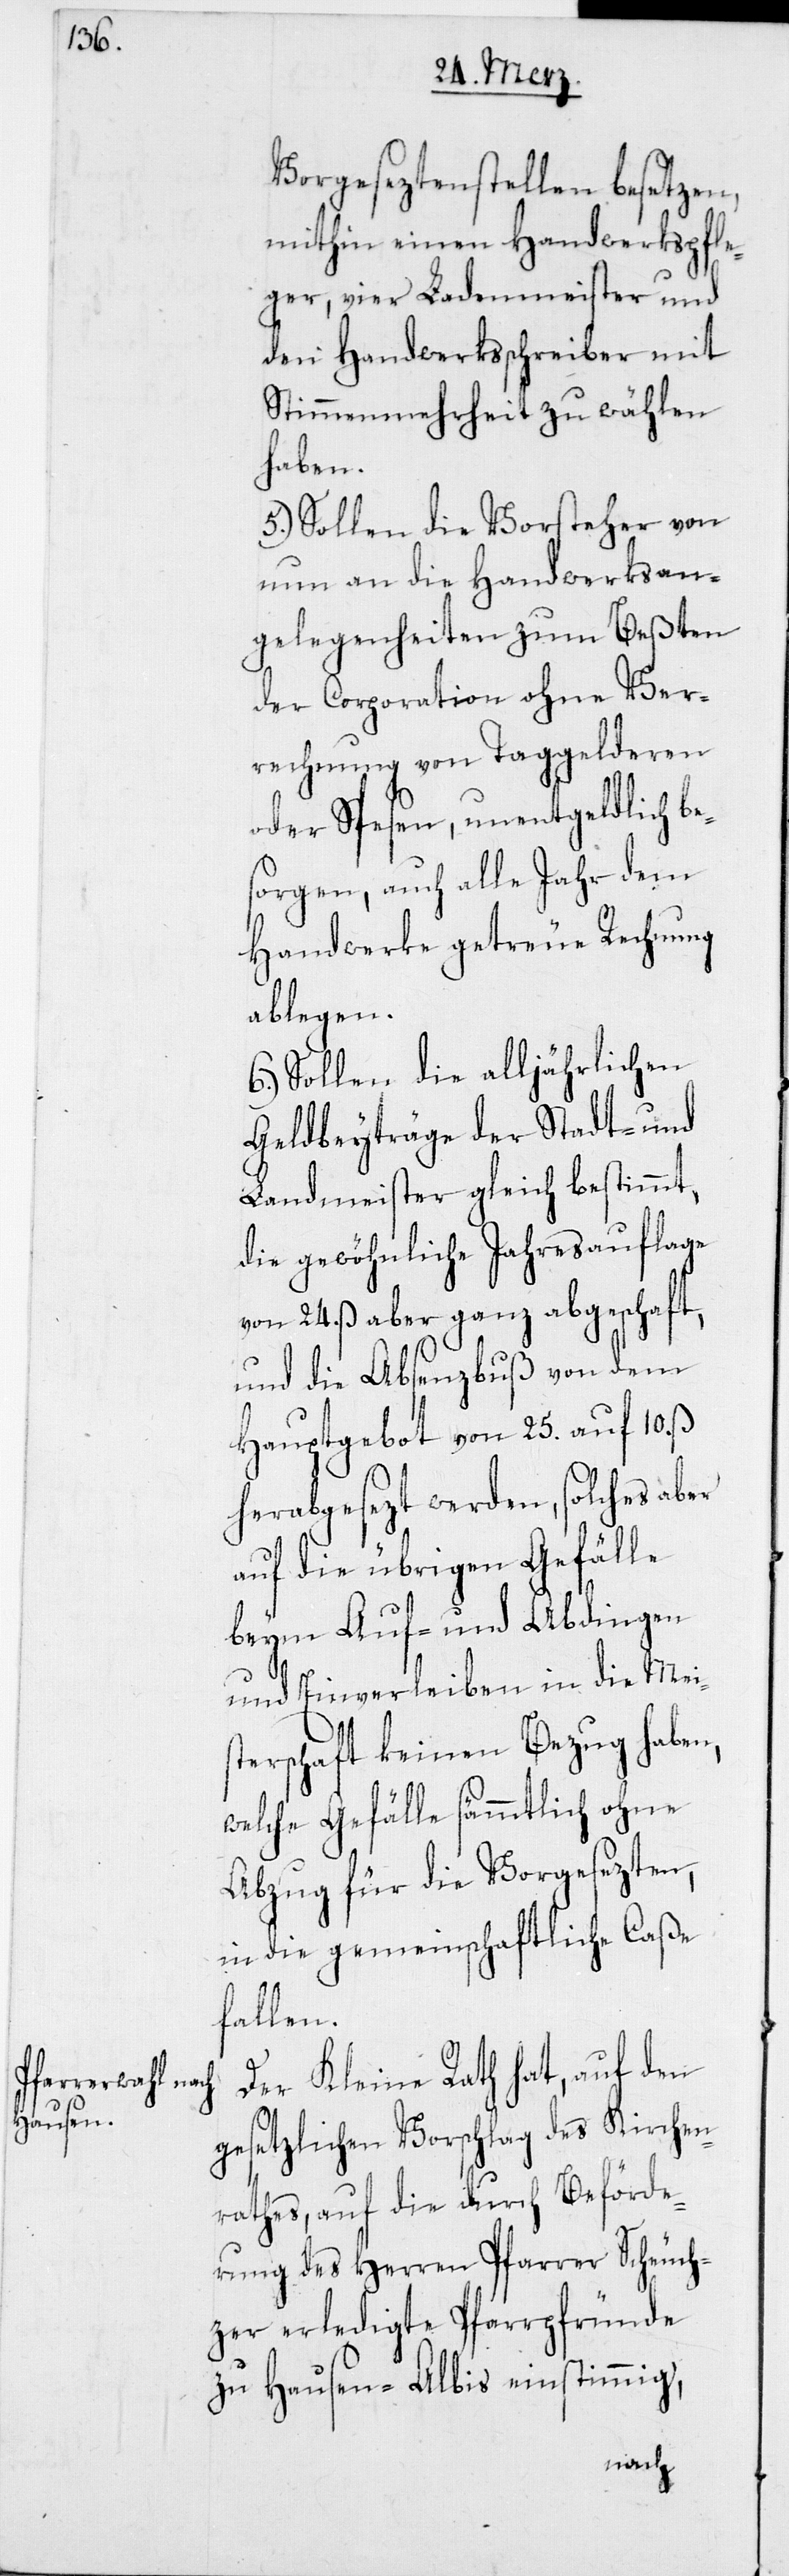
Vorgeseztenstellen besetzen,
mithin einen Handwerkspfle¬
ger, vier Ladenmeister und
den Handwerksschreiber mit
Stimmenmehrheit zu wählen
haben.
5.) Sollen die Vorsteher von
nun an die Handwerksan¬
gelegenheiten zum Beßten
der Corporation ohne Ver¬
rechnung von Taggelderen
oder Spesen, unentgeldlich b¬
esorgen, und alle Jahr dem
Handwerke getreue Rechnung
ablegen.
6.) Sollen die alljährlichen
Geldbeyträge der Stadt- und
Landmeister gleich bestimmt,
die gewöhnliche Jahresauflage
von 24. ß aber ganz abgeschafft,
und die Absenzbuß von dem
Hauptgebot von 25. auf 10. ß
herabgesezt werden, solches aber
auf die übrigen Gefälle
beym Auf- und Abdingen
und Einverleiben in die Mei¬
sterschaft keinen Bezug haben,
welche Gefälle sämmtlich ohne
Abzug für die Vorgesezten,
in die gemeinschaftliche Caße
fallen.
Der Kleine Rath hat, auf den
gesetzlichen Vorschlag des Kirchen¬
rathes, auf die durch Beförde¬
rung des Herren Pfarrer Scheuch¬
zer erledigte Pfarrpfründe
zu Hausen-Albis einstimmig ,